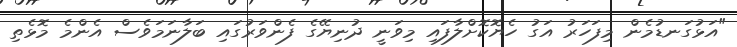
"އަޅުގަނޑުމެން މިފަހަރު އަގު ހެޔޮކޮށްލާފައި މިވަނީ ދުނިޔޭގެ ފެންވަރުގައި ބަލާނަމަވެސް އެންމެ މޮޅެތި